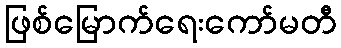
ဖြစ်မြောက်ရေးကော်မတီ